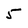
Character: 5